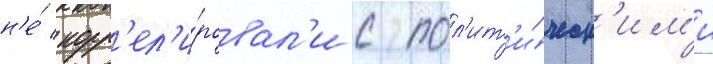
н'е́ корр'ел'и́ровал'и с пол'ит'и́ческ'им'и